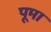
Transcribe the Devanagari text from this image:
पूमा